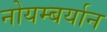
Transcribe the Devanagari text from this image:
नोयम्बर्यान